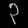
Digit: ၃